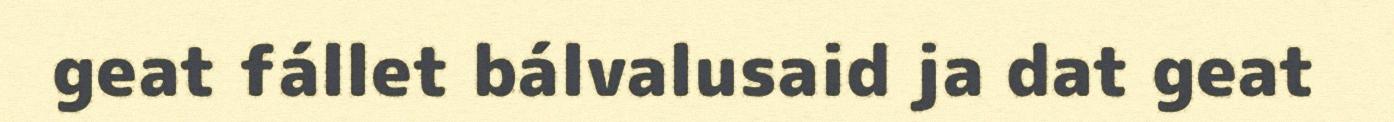
geat fállet bálvalusaid ja dat geat